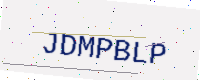
Text: JDMPBLP